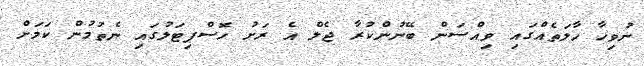
ނުވިހާ ހާލަތެއްގައި ވިއްސަން ބޭނުންކުރާ ޖެލް އެ ރަށު ހޮސްޕިޓަލުގައި ނެތުމުން ކަމަށް